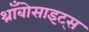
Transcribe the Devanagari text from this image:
थ्राँबोसाइट्स